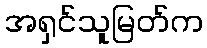
အရှင်သူမြတ်က